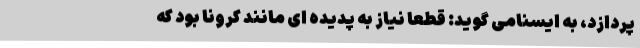
پردازد، به ایسنامی گوید: قطعا نیاز به پدیده ای مانند کرونا بود که